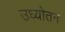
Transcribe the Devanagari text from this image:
उध्योतन